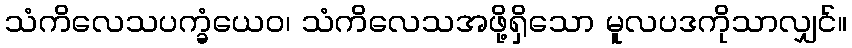
သံကိလေသပက္ခံယေဝ၊ သံကိလေသအဖို့ရှိသော မူလပဒကိုသာလျှင်။